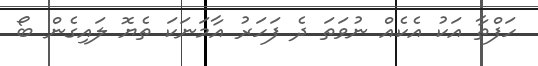
ހަފްތާ އަކު އެކެއް ނުވަތަ ދެ ފަހަރު އާމަނަކަ ތެޔޮ ލައިގެން ބޯ